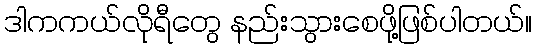
ဒါကကယ်လိုရီတွေ နည်းသွားစေဖို့ဖြစ်ပါတယ်။